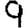
Digit: 9